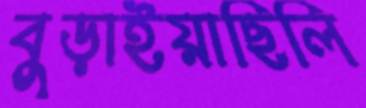
বুড়াইয়াছিলি